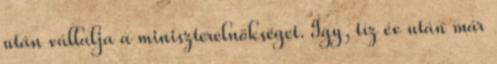
után vállalja a miniszterelnökséget. Így, tíz év után már